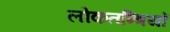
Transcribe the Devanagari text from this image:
लोकतन्त्रियों